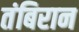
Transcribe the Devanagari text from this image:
तंबिरान